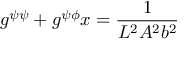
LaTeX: g ^ { \psi \psi } + g ^ { \psi \phi } x = \frac { 1 } { L ^ { 2 } A ^ { 2 } b ^ { 2 } }